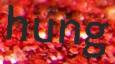
hung